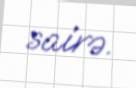
sairə.